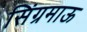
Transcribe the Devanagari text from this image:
सिंग्रमाऊ